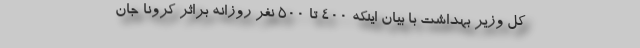
کل وزیر بهداشت با بیان اینکه ۴۰۰ تا ۵۰۰ نفر روزانه براثر کرونا جان